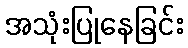
အသုံးပြုနေခြင်း